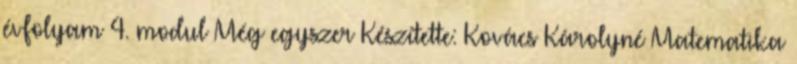
évfolyam 4. modul Még egyszer Készítette: Kovács Károlyné Matematika